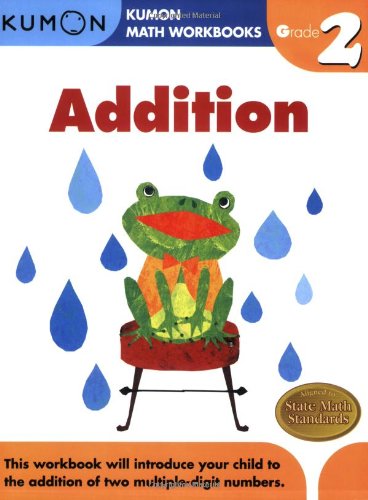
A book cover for Grade 2 Addition (Kumon Math Workbooks); Kumon Publishing; Children's Books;